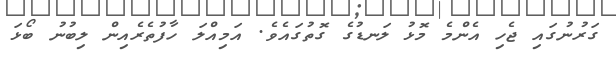
ގަރުނުގައި ޖެހި އެންމެ މޮޅު ލަނޑުގެ ގޮތުގައެވެ. އަމިއްލަ ހާފުތެރެއިން ލިބުނު ބޯޅަ